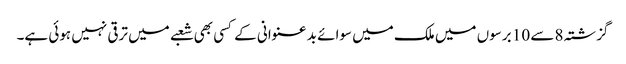
گزشتہ 8 سے 10 برسوں میں ملک میں سوائے بد عنوانی کے کسی بھی شعبے میں ترقی نہیں ہوئی ہے۔